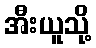
အီးယူသို့